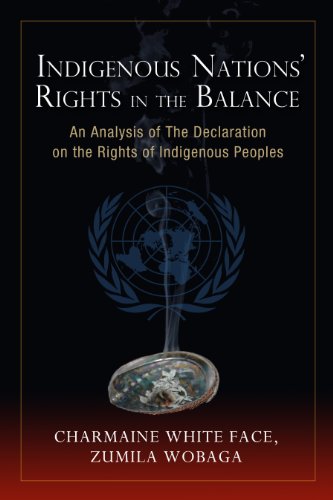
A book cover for Indigenous Nations' Rights in the Balance: An Analysis of the Declaration on the Rights of Indigenous Peoples; Charmaine White Face; Law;